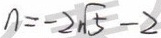
n = - 2 \sqrt { 5 } - 2